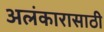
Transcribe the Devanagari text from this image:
अलंकारासाठी